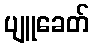
ပျူခေတ်